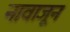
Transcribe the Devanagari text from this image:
नावाजून